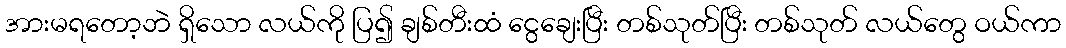
အားမရတော့ဘဲ ရှိသော လယ်ကို ပြ၍ ချစ်တီးထံ ငွေချေးပြီး တစ်သုတ်ပြီး တစ်သုတ် လယ်တွေ ဝယ်ကာ